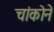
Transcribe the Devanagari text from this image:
चांकोने